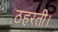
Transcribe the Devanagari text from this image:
ठहरती।